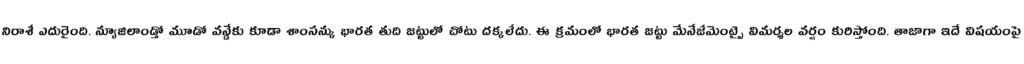
నిరాశే ఎదురైంది. న్యూజిలాండ్తో మూడో వన్డేకు కూడా శాంసన్కు భారత తుది జట్టులో చోటు దక్కలేదు. ఈ క్రమంలో భారత జట్టు మేనేజేమెంట్పై విమర్శల వర్షం కురిస్తోంది. తాజాగా ఇదే విషయంపై